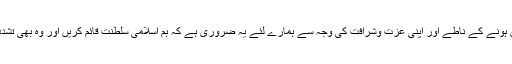
لیکن بدى کے یہ تکون مسلمانوں کے جذبات سے کهیل رہے ہیں اور انہیں یہ بتا رہے ہیں کہ مسلمان ہونے کے ناطے اور اپنى عزت وشرافت کى وجہ سے ہمارے لئے یہ ضرورى ہے کہ ہم اسلامى سلطنت قائم کریں اور وه بهى تشدد، طاقت ، ہنسا اور ان محرف آئیڈیالوجى کى روشنى میں جو ان تینوں تکون کے یہاں پائے جاتے ہیں۔